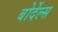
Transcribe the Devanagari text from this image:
बोर्देल्स